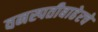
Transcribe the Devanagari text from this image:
वनस्पतीबाहेरचे